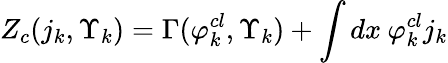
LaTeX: Z_{c}(j_{k},\Upsilon_{k})=\Gamma(\varphi_{k}^{cl},\Upsilon_{k})+\int dx\: \varphi_{k}^{cl}j_{k}